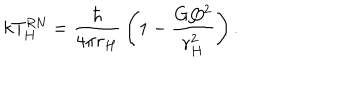
k T _ { H } ^ { \mathrm { R N } } = { \frac { \hbar } { 4 \pi r _ { H } } } \left( 1 - { \frac { G Q ^ { 2 } } { r _ { H } ^ { 2 } } } \right) .